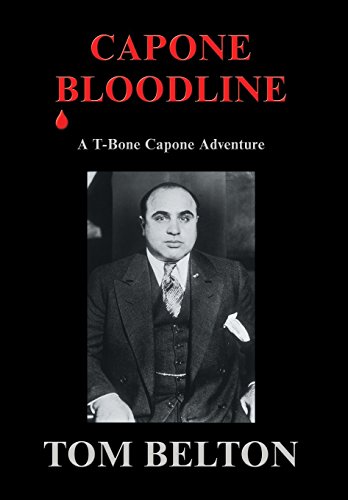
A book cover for Capone Bloodline: A T-Bone Capone Adventure; Tom Belton; Literature & Fiction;